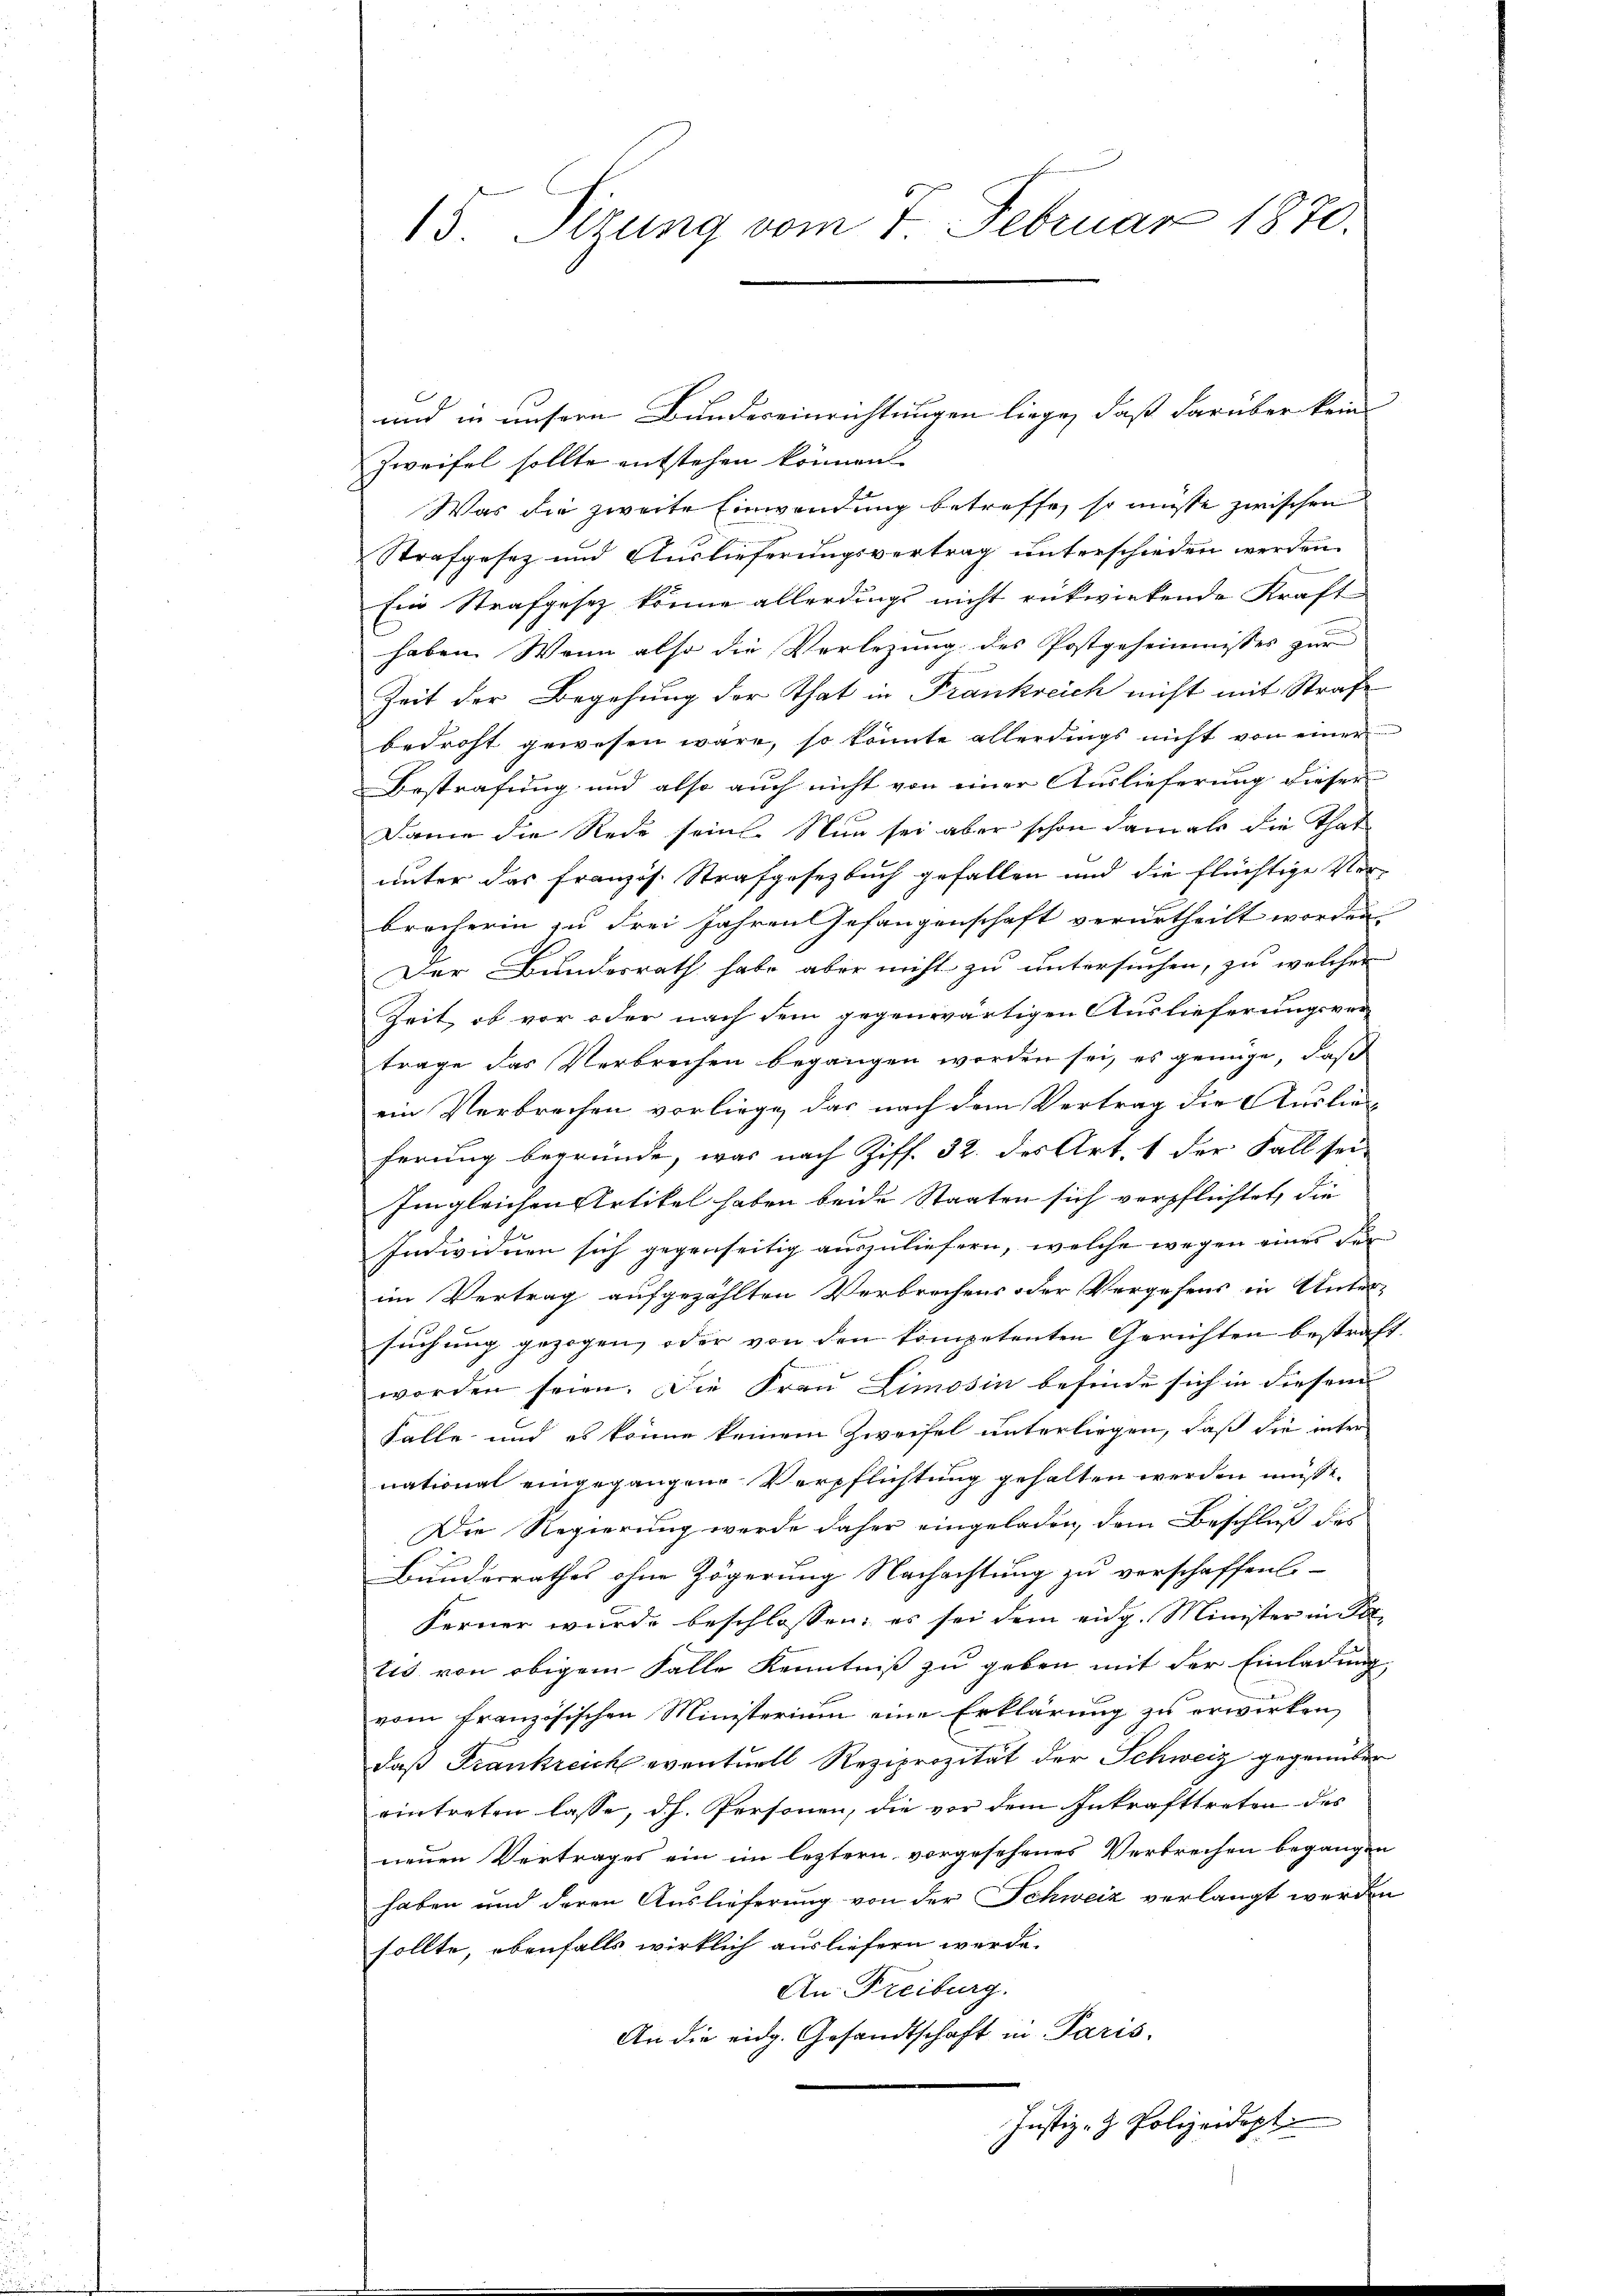
und in unsern Bundereinrichtungen liege, daß darüber kein
Zweifel sollte entstehen können.
Was die zweite Einwendung betreffe, so müsse zwischen
Strafgesez und Auslieferungsvertrag unterschieden werden.
Ein Strafgesetz könne allerdings nicht rükwirkende Kraft
haben. Wenn also die Verlegung des Postgeheimnisses zur
Zeit der Begehung der That in Frankreich nicht mit Strafe
bedroht gewesen wäre, so könnte allerdings nicht von einer
Bestrafung und also auch nicht von einer Auslieferung dieser
Danie die Rede sein. Nun sei aber schon damals die That
unter das Französ. Strafgesetzbuch gefallen und die Flüchtige Ver-
brecherin zu drei Jahren Gefangenschaft verurtheilt worden.
Der Bundesrath habe aber nicht zu untersuchen, zu welcher
Zeit, ob vor oder nach dem gegenwärtigen Auslieferungsver-
trage das Verbrechen begangen worden sei, es genüge, daß
ein Verbrechen vorliege, das nach dem Vertrag die Auslieferung begründe, was nach Ziff. 32. des Art. 1 der Fall sei-
Imgleichen Artikel haben beide Staaten sich verpflichtet, die
Individuen sich gegenseitig auszuliefern, welche wegen eines für |
im Vertrag aufgezählten Verbrechens oder Vergehens in Unter-
suchung gezogen, oder von den kompetenten Gerichten bestraft.
worden seien. Die Frau Limosin befinde sich in diesem
Falle und es könne keinem Zweifel unterliegen, daß die inter
national eingegangene Verpflichtung gehalten werden müsse.
Die Regierung werde daher eingeladen, dem Beschluß des
Bundesrathes ohne Zögerung Nachachtung zu verschaffen.-
Ferner wurde beschlossen: es sei dem eidg. Minister in Pet
tis von obigem Falle Kenntniß zu geben mit der Einladung
vom französischen Ministerium eine Erklärung zu erwirken,
daß Frankreich eventuell Reziprozität der Schweiz gegenüber
eintreten lasse, dh. Personen, die vor dem Inkrafttreten des
neuen Vertrages ein im leztern vorgesehenes Verbrechen begangen
haben und deren Auslieferung von der Schweiz verlangt werden
sollte, ebenfalls wirklich ausliefern werde.
An Freiburg.
An die eidg. Gesandtschaft in Paris.
Justiz- & Polizeidept

15 Sizung vom 7. Februar 1870.